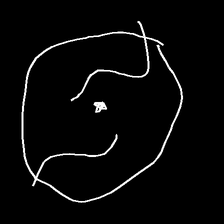
Glyph: repetition